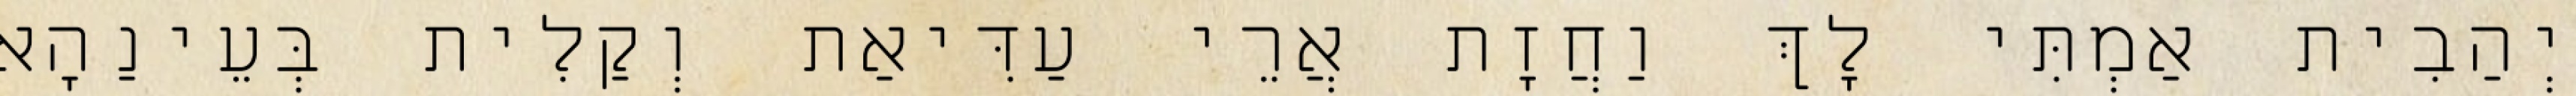
יְהַבִית אַמְתִּי לָךְ וַחֲזָת אֲרֵי עַדִּיאַת וְקַלִית בְּעֵינַהָא